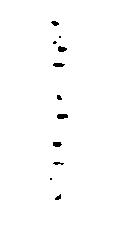
し